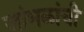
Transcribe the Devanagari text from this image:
जांभळांची